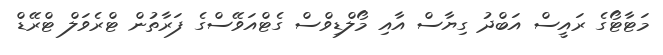
މަޓާޓޯގެ ރައީސް އަބްދު ގިޔާސް އާއި މޯލްޑިވްސް ގެޓްއަވޭސްގެ ފަރާތުން ޓްރެވަލް ޓްރޭޑް